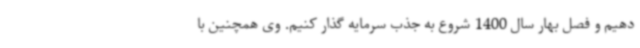
دهیم و فصل بهار سال 1400 شروع به جذب سرمایه گذار کنیم. وی همچنین با